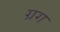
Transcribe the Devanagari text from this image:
ग्रग